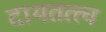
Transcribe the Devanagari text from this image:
दायतत्त्व